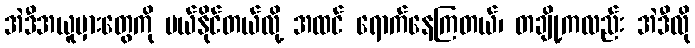
အဲဒီအယူမှားတွေကို ပယ်နိုင်တယ်လို့ အထင် ရောက်နေကြတယ်၊ တချို့ကလည်း အဲဒီလို